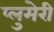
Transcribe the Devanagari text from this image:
प्लुमेरी